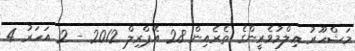
މަޝްހޫރު ޢިލްމުވެރީންގެ ތެރެއިން 28 އޭޕްރިލް 2012 - 2 އަހަރު 4